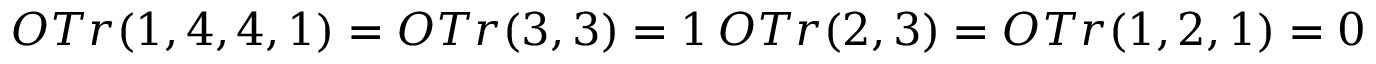
O T r ( 1 , 4 , 4 , 1 ) = O T r ( 3 , 3 ) = 1 \, O T r ( 2 , 3 ) = O T r ( 1 , 2 , 1 ) = 0